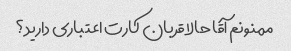
ممنونم آقا حالا قربان کارت اعتباری دارید؟